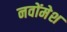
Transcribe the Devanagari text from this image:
नवोंमेश